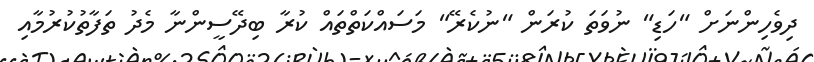
ދިވެހިންނަށް "ހަޑި" ނުވަތަ ކުރަން "ނުކެރޭ" މަސައްކަތްތައް ކުރާ ބިދޭސީންނާ މެދު ތަފާތުކުރުމާއި